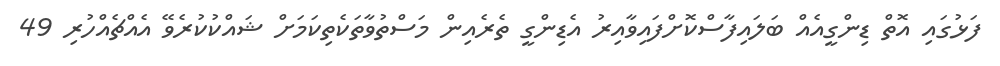
ފަޅުގައި އޮތް ޑިންގީއެއް ބަލައިފާސްކޮށްފައިވާއިރު އެޑިންގީ ތެރެއިން މަސްތުވާތަކެތިކަމަށް ޝައްކުކުރެވޭ އެއްޗެއްހުރި 49